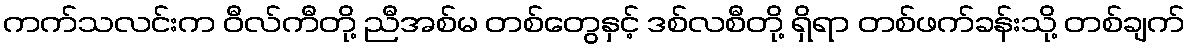
ကက်သလင်းက ဝီလ်ကီတို့ ညီအစ်မ တစ်တွေနှင့် ဒစ်လစီတို့ ရှိရာ တစ်ဖက်ခန်းသို့ တစ်ချက်